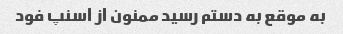
به موقع به دستم رسید ممنون از اسنپ فود